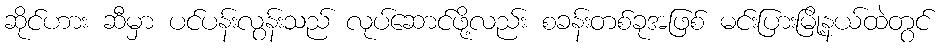
ဆိုင်ဟား ဆီမှာ ပင်ပန်းလွန်းသည် လုပ်ဆောင်ဖို့လည်း စခန်းတစ်ခုအဖြစ် မင်းပြားမြို့နယ်ထဲတွင်